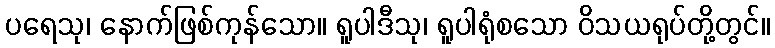
ပရေသု၊ နောက်ဖြစ်ကုန်သော။ ရူပါဒီသု၊ ရူပါရုံစသော ဝိသယရုပ်တို့တွင်။